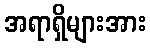
အရာရှိများအား